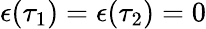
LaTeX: \epsilon(\tau_{1})=\epsilon(\tau_{2})=0